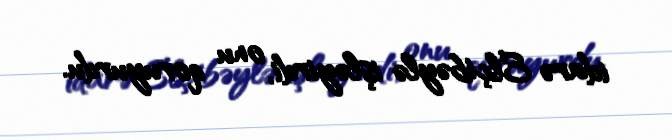
idarə Elçibəylə işləyirdi, onu qoruyurdu.